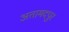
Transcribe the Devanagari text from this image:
अतामदपुर